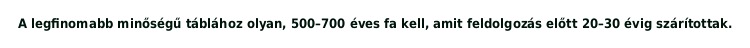
A legfinomabb minőségű táblához olyan, 500–700 éves fa kell, amit feldolgozás előtt 20–30 évig szárítottak.